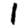
Digit: 1